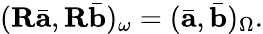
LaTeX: (\mathbf{R}\bar{\mathbf{a}},\mathbf{R}\bar{\mathbf{b}})_{\omega}=(\bar{\mathbf{a}},\bar{\mathbf{b}})_{\Omega}.